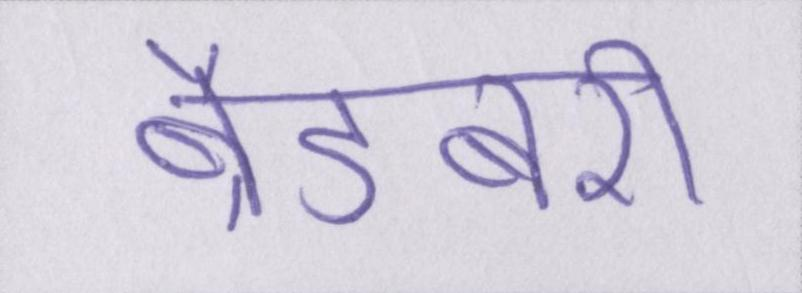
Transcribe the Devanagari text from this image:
ब्रैडबरी